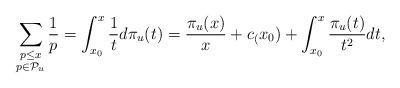
LaTeX: \begin{align*}\sum _{\substack{p\leq x \\ p\in \mathcal{P}_u}} \frac{1}{p} =\int_{x_0}^{x}\frac{1}{t}d \pi _u(t) =\frac{\pi _u(x)}{x}+c_(x_0)+\int_{x_0}^{x}\frac{\pi _u(t)}{t^2}d t,\end{align*}